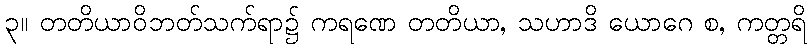
၃။ တတိယာဝိဘတ်သက်ရာ၌ ကရဏေ တတိယာ, သဟာဒိ ယောဂေ စ, ကတ္တရိ